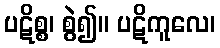
ပဋိစ္စ၊ စွဲ၍။ ပဋိကူလေ၊